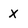
Character: x